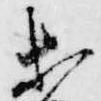
等